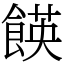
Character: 䭊